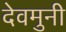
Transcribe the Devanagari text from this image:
देवमुनी